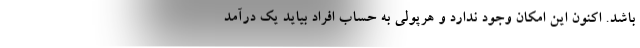
باشد. اکنون این امکان وجود ندارد و هرپولی به حساب افراد بیاید یک درآمد